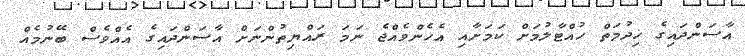
އާސަންދައިގެ ޚިދުމަތް ހުއްޓާލުމަށް ކަމަށާއި އެހެންވެއްޖެ ނަމަ ރައްޔިތުންނަށް އާސަންދައިގެ އެއްވެސް ބޭނުމެއް